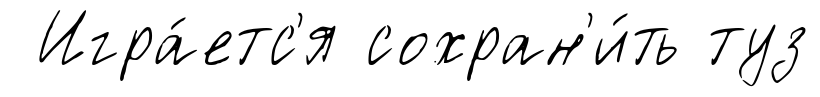
Игра́етс'я сохран'и́ть туз